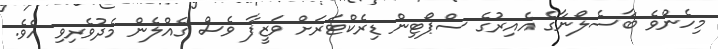
މިހެންވެ ބާސެލޯނާގެ އެއިރުގެ ސްޕޯޓިން ޑިރެކްޓަރަށް ވަޒީފާ ވެސް ގެއްލެން މެދުވެރިވި އެވެ.